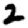
Digit: 2